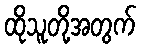
ထိုသူတို့အတွက်